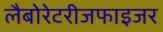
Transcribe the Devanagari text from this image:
लैबोरेटरीजफाइजर